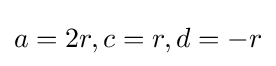
a=2r,c=r,d=-r\,\!